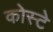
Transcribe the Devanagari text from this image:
कोस्टे